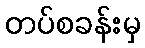
တပ်စခန်းမှ